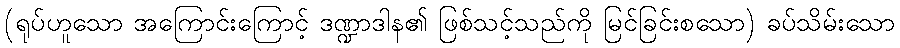
(ရုပ်ဟူသော အကြောင်းကြောင့် ဒဏ္ဍာဒါန၏ ဖြစ်သင့်သည်ကို မြင်ခြင်းစသော) ခပ်သိမ်းသော